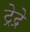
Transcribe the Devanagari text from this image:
ट्रेद्रे